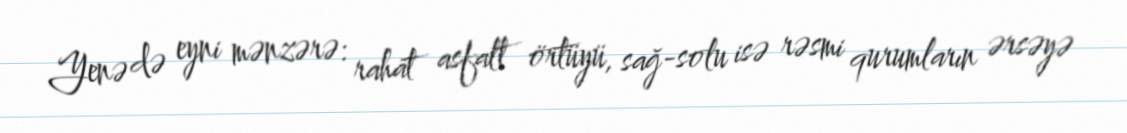
Yenə də eyni mənzərə: rahat asfalt örtüyü, sağ-solu isə rəsmi qurumların ərsəyə